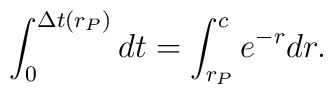
\int_0^{\Delta t(r_P)} dt = \int_{r_P}^c e^{-r} dr.